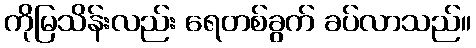
ကိုမြသိန်းလည်း ရေတစ်ခွက် ခပ်လာသည်။